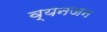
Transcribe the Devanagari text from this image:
व्यनजन